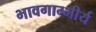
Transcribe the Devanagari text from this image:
भावगाम्भीर्य